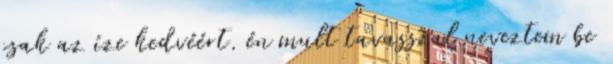
csak az íze kedvéért. én mult tavasszal neveztem be